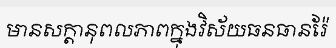
មានសក្តានុពលភាពក្នុងវិស័យធនធានរ៉ែ